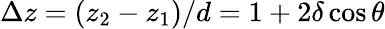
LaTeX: \Delta z=(z_{2}-z_{1})/d=1+2\delta\cos{\theta}